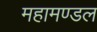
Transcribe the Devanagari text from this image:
महामण्‍डल